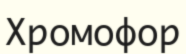
Хромофор